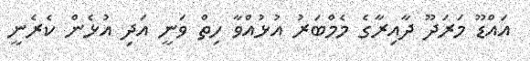
އައްޑޫ މަރަދޫ ދާއިރާގެ މެމްބަރު އުޅުއްވާ ހިތް ވަނީ އަދި އުޅެން ކެރެނީ